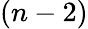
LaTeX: (n-2)